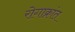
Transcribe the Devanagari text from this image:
रोगाक्रांत